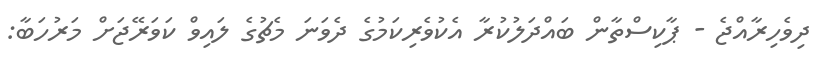
ދިވެހިރާއްޖެ - ޕާކިސްތާން ބައްދަލުކުރާ އެކުވެރިކަމުގެ ދެވަނަ މެޗުގެ ލައިވް ކަވަރޭޖަށް މަރުހަބާ: